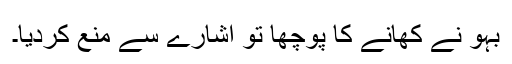
بہو نے کھانے کا پوچھا تو اشارے سے منع کردیا۔